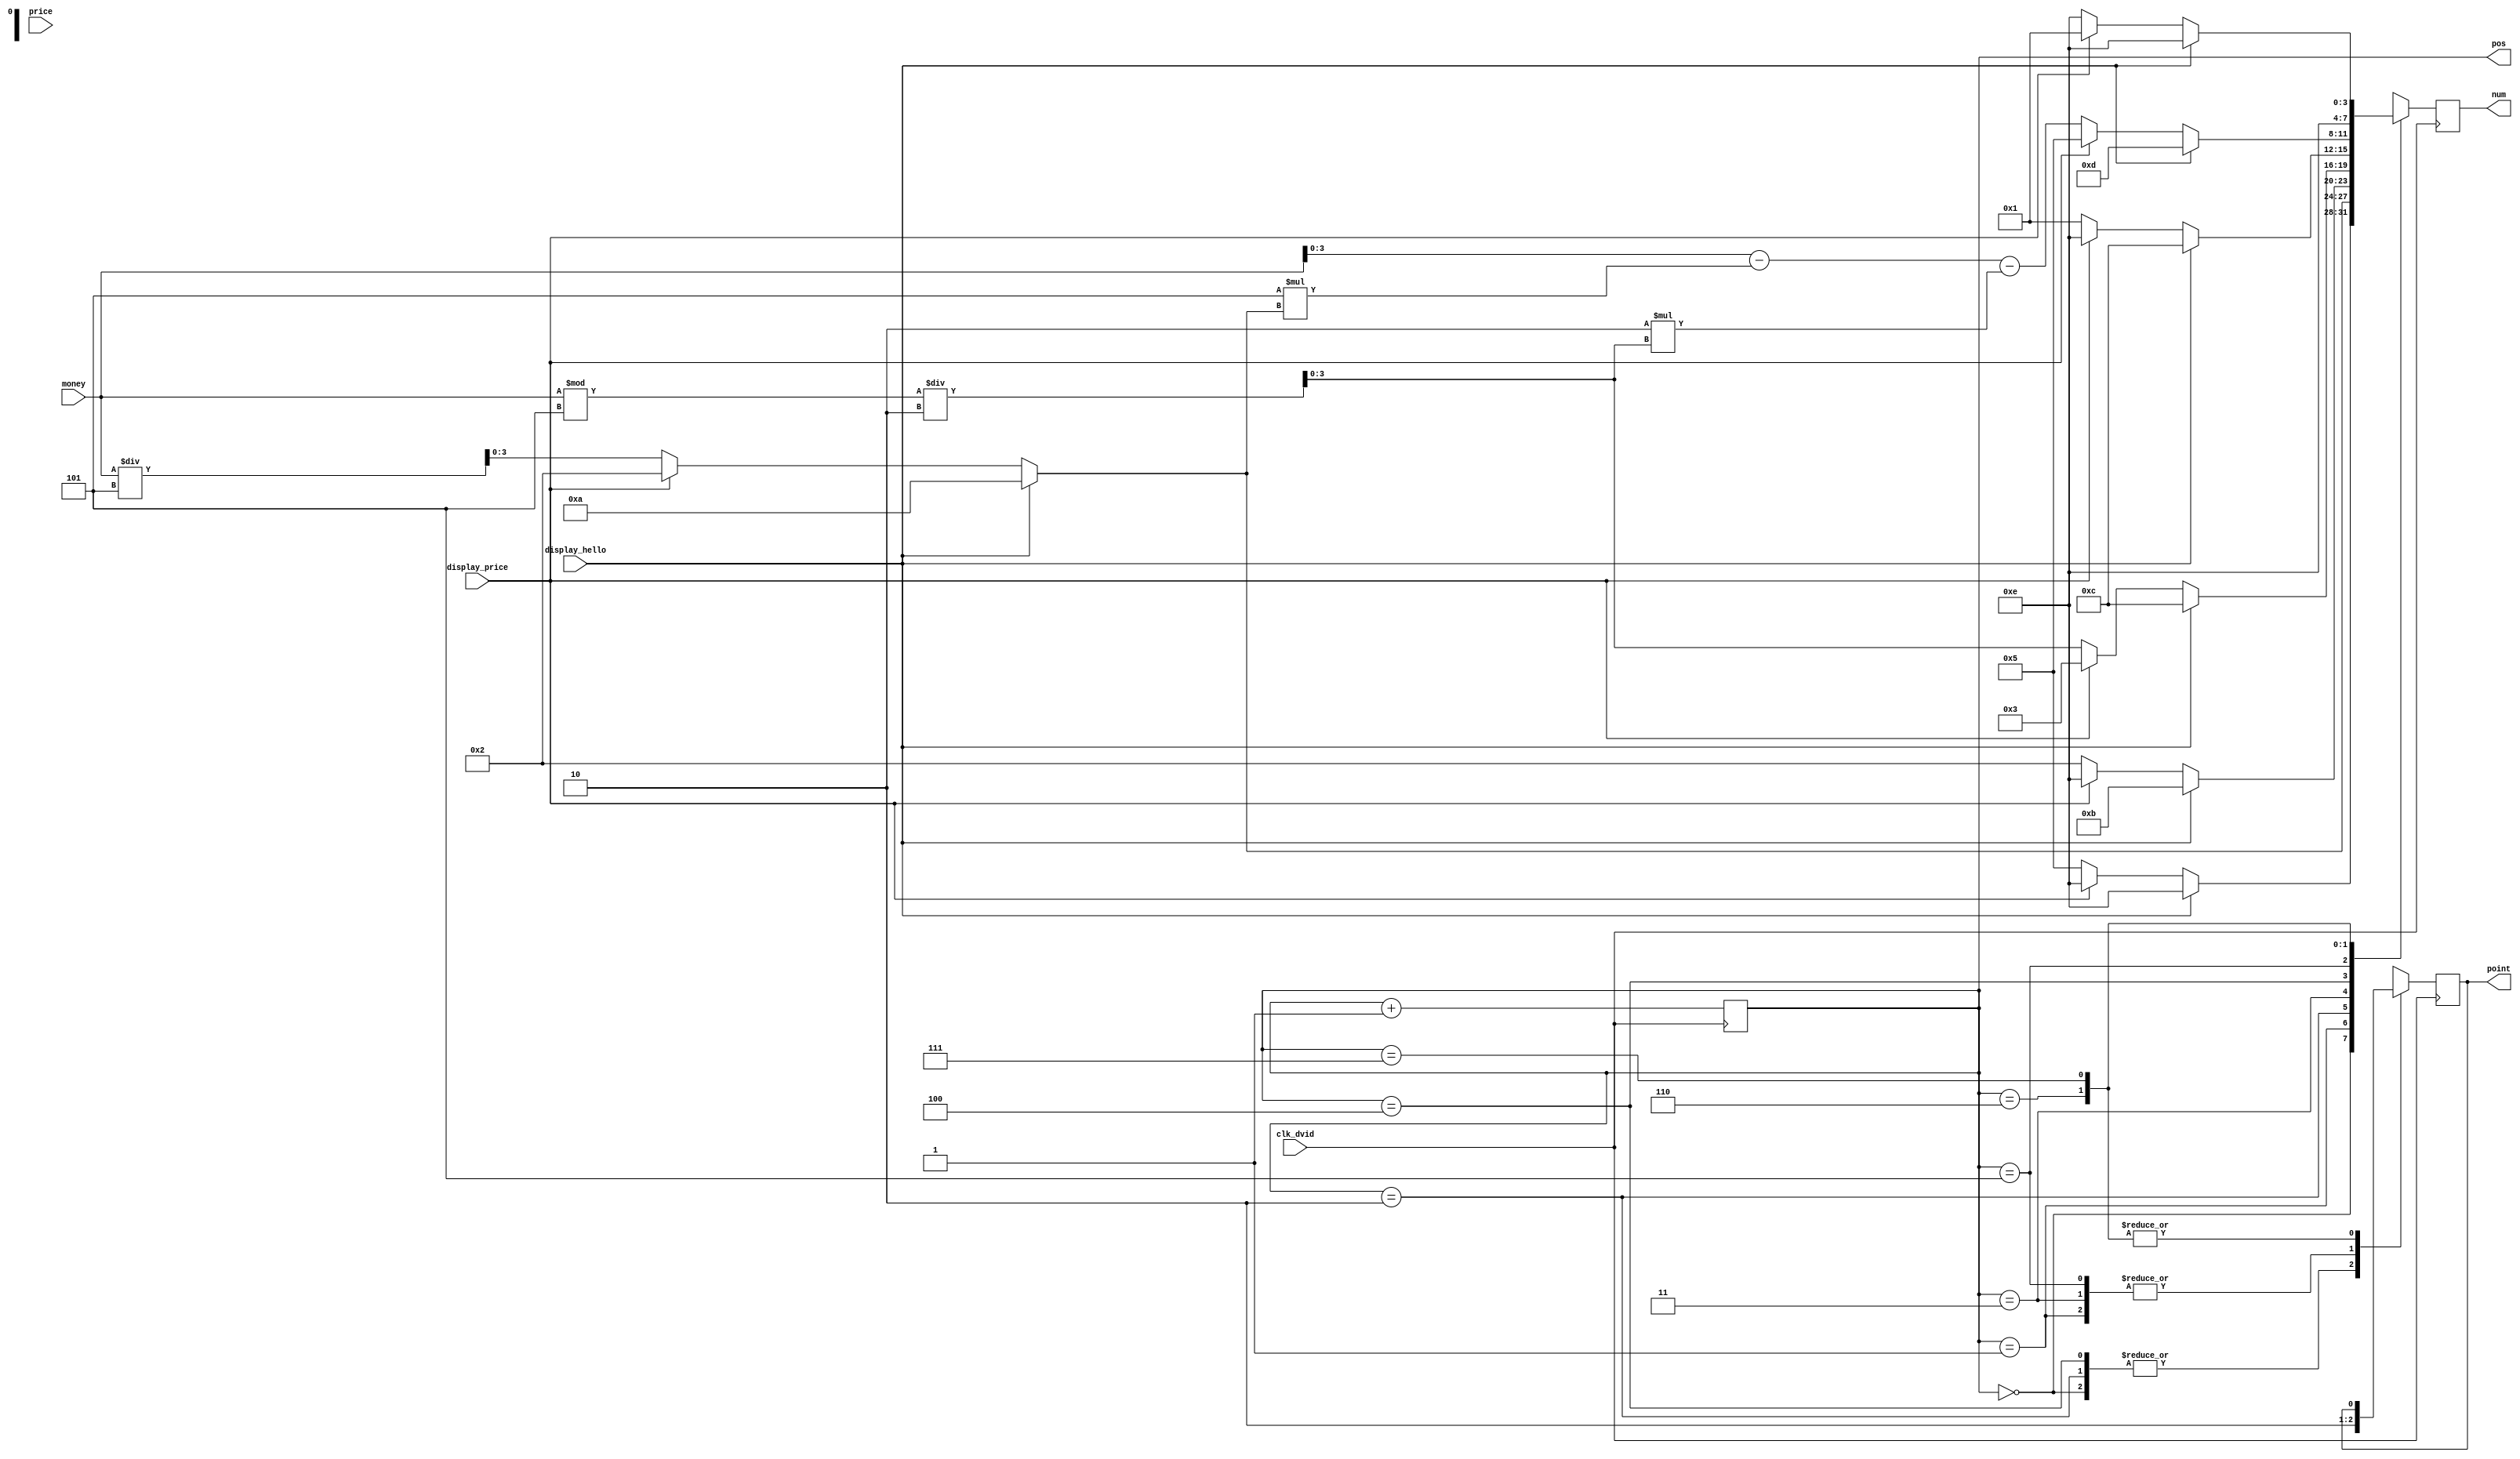
`timescale 1ns / 1ps
//////////////////////////////////////////////////////////////////////////////////
// Company: 
// Engineer: 
// 
// Design Name: 
// Module Name:    display_driver 
// Project Name: 
// Target Devices: 
// Tool versions: 
// Description: 
//
// Dependencies: 
//
// Revision: 
// Revision 0.01 - File Created
// Additional Comments: 
//
//////////////////////////////////////////////////////////////////////////////////
/* 
 *  
 * input params: 
 *      clk_dvid: 
 *      price:   0 - no product, 
								 1 - 1 product, 
								 2 - 2  product 
								 3 - 3  product 
							    4 - 5  product
 *      money: 
 *      display_hello: "HELLO"
 *      display_price: 
 * output params:
 *      seg: 
 *      seg_pos: 
 */
module display_driver(
    input clk_dvid,
    input [3:0]price,
    input [7:0]money,
    input display_hello,
	 input display_price,
    //input close_display,
    output reg [2:0]pos,
    output reg [3:0]num,
    output reg point
    );
    
    /* save display nums */
    reg [3:0] p0, p1, p2, m0, m1, m2, p3, tmp;
	 
    initial begin
        point = 0;
        pos = 0;
        num = 4'b0000;
        p0 = 0;
        p1 = 0;
        p2 = 0;
        m0 = 0;
        m1 = 0;
        m2 = 0;
		  p3 = 14;
		  tmp = 0;
    end 
    
    always@ (posedge clk_dvid)
	 begin     
			case (pos)
				 0: begin
					  point = 1;
					  num = m0;
				 end
				 1: begin 
					  point = 0;
					  num = m1;
				 end
				 2: begin 
					  point = 1;
					  num = m2;
				 end
				 3: begin
					  point = 0;
					  num = p0;
				 end
				 4: begin
					  point = 1;
					  num = p1;
				 end 
				 5: begin
					  point = 0;
					  num = p2;
				 end
				 6: begin
					  num = 14;
				 end
				 7: begin
					  num = p3;
				 end
			endcase
        pos = pos + 1;
    end
    
    
    always@ (price or display_hello or display_price) begin
        if (display_hello == 1) begin
            p2 = 13;
            p1 = 12;
            p0 = 12;
				p3 = 14;
        end
		  else if (display_price == 1) begin
			   p3 = 1;
		      p0 = 3;
		      p2 = 5;	 
		      p1 = 14;
		  end
        else begin
				p0 = (money % 5) / 2;
				p1 = 1;
				p2 = money - 5*m1 - 2*p0;
				p3 = 14;
        end
    end
    
    always@ (money or display_hello or display_price) begin
        if (display_hello == 1) begin
            m0 = 14;
            m1 = 10;
				m2 = 11;
        end
		  else if (display_price == 1) begin
				m0 = 14;
				m1 = 2;
				m2 = 14;
		  end
        else begin
		      m0 = 5;
				m2 = 2;
            m1 = money / 5;
            
        end
    end
    
    
endmodule